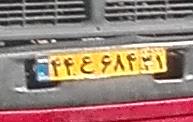
۴۴ع۶۸۴۳۱